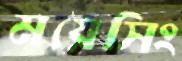
ময়েসিং